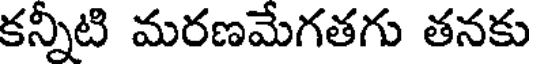
కన్నీటి మరణమేగతగు తనకు